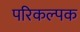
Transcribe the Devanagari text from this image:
परिकल्पक